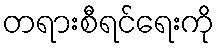
တရားစီရင်ရေးကို